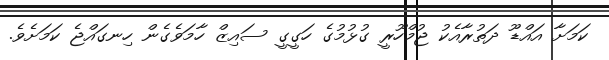
ކަމަށާ އައްޑޫ ދަތުރާއެކު ޖުމްހޫރީ ގުޅުމުގެ ހަގީގީ ސައިޒް ހާމަވެގެން ހިނގައްޖެ ކަމަށެވެ.